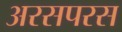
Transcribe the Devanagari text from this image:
अरसपरस